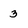
Character: 3